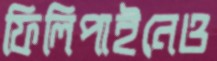
ফিলিপাইনেও